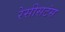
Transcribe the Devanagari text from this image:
रेसीसटंस